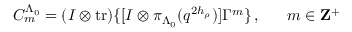
C _ { m } ^ { \Lambda _ { 0 } } = ( I \otimes \mathrm { t r } ) \{ [ I \otimes \pi _ { \Lambda _ { 0 } } ( q ^ { 2 h _ { \rho } } ) ] \Gamma ^ { m } \} \, , ~ ~ ~ ~ ~ m \in { \bf Z } ^ { + }